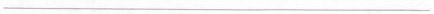
___